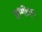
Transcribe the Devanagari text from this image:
उम्मीवार